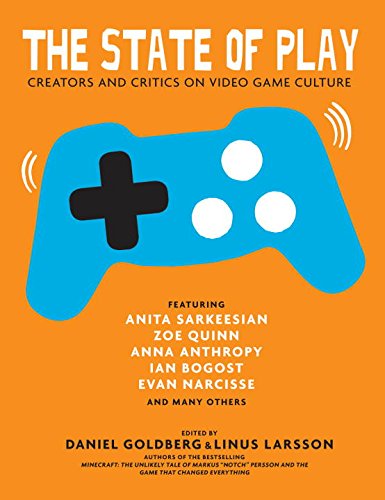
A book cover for The State of Play: Creators and Critics on Video Game Culture; Daniel Goldberg; Humor & Entertainment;